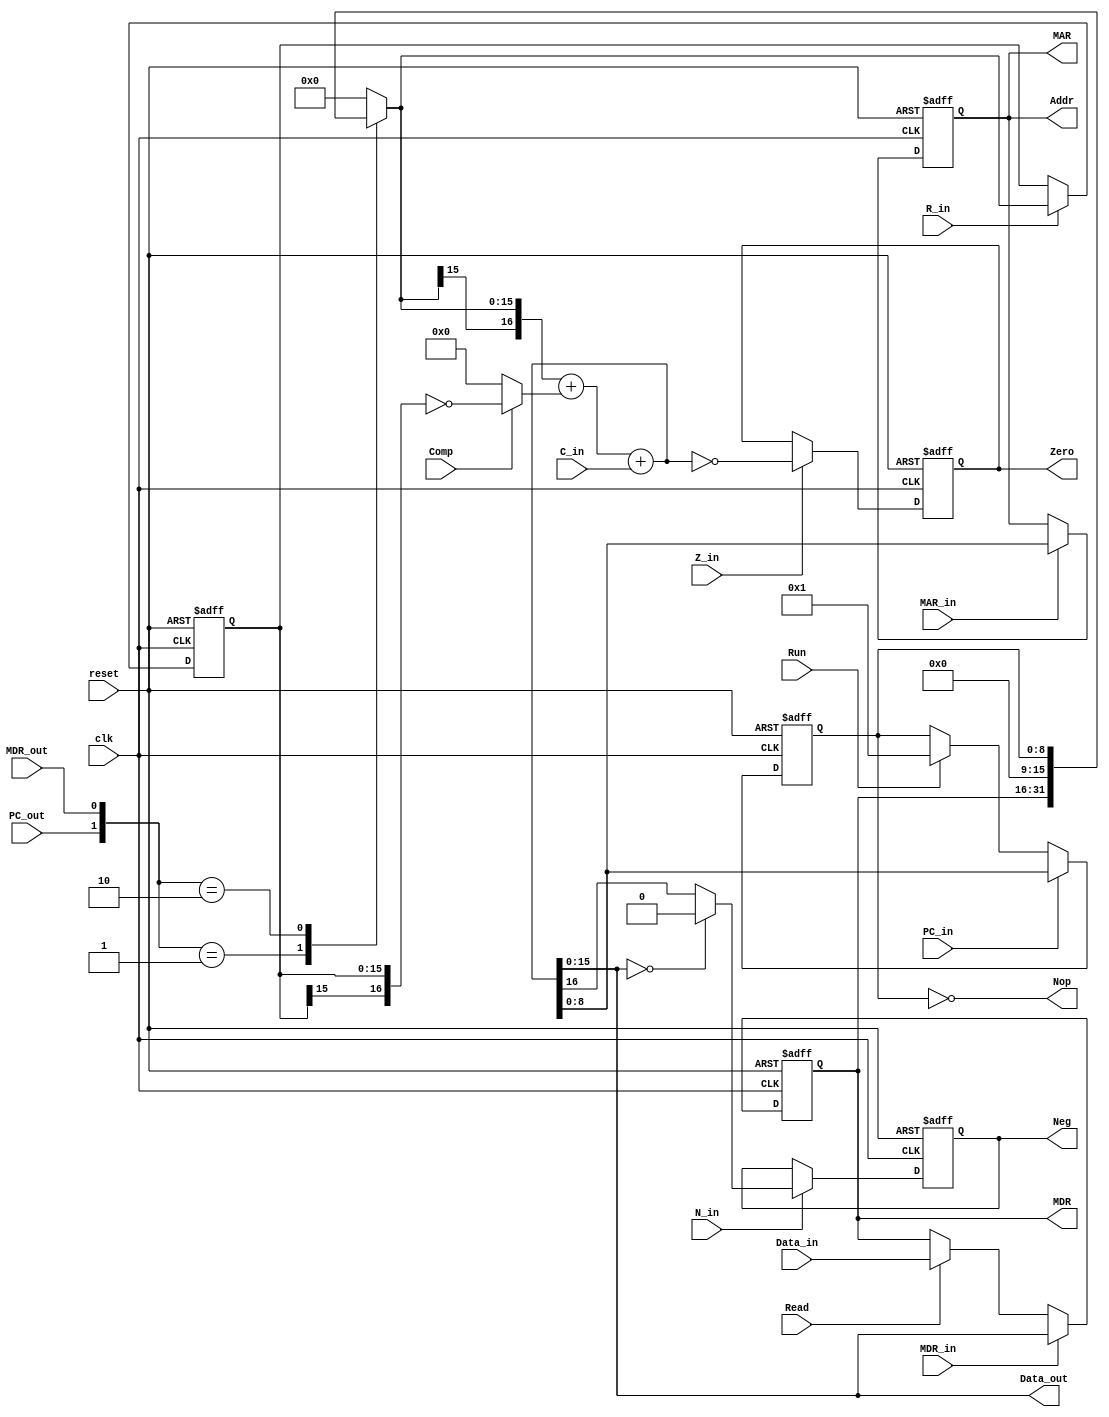
module URISC_Data_Path #(
    parameter WIDTH = 'd16, DEPTH = 'd512
)(
    input clk,
    input reset,
    input Run,
    input PC_out,
    input PC_in,
    input R_in,
    input Comp,
    input Z_in,
    input N_in,
    input C_in,
    input Read,
    input MDR_in,
    input MAR_in,
    input MDR_out,
    input [WIDTH-1:0] Data_in,
    output reg Zero,
    output reg Neg,
    output wire Nop,
    output wire [$clog2(DEPTH)-1:0] Addr,
    output wire [WIDTH-1:0] Data_out,
    output wire [WIDTH-1:0] MDR,
    output wire [$clog2(DEPTH)-1:0] MAR
);
    reg [$clog2(DEPTH)-1:0] PC_reg, MAR_reg;
    reg [WIDTH-1:0] R, MDR_reg, Bus_A, Bus_B;
    reg [WIDTH:0] Acc_out;

    assign Addr = MAR_reg;
    assign MAR = MAR_reg;
    assign Data_out = Bus_B;
    assign MDR = MDR_reg;
    assign Nop = PC_reg == 0;

    always@(posedge clk, negedge reset) begin
        if(!reset) begin
            PC_reg <= 0;
        end else begin
            if(Run) PC_reg <= 'd1;
            if(PC_in) PC_reg <= Bus_B;
        end
    end

    always@(posedge clk, negedge reset) begin
        if(!reset) begin
            R <= 0;
        end else begin
            if(R_in) R <= Bus_A;
        end
    end

    always@(posedge clk, negedge reset) begin
        if(!reset) begin
            MDR_reg <= 0;
        end else begin
            if(MDR_in) MDR_reg <= Bus_B;
            else if(Read) MDR_reg <= Data_in;
        end
    end

    always@(negedge clk, negedge reset) begin
        if(!reset) begin
            MAR_reg <= 0;
        end else begin
            if(MAR_in) MAR_reg <= Bus_B[$clog2(DEPTH)-1:0];
        end
    end

    always@(posedge clk, negedge reset) begin
        if(!reset) begin
            Zero <= 0;
        end else begin
            if(Z_in) Zero <= Acc_out == 0;
        end
    end

    always@(posedge clk, negedge reset) begin
        if(!reset) begin
            Neg <= 0;
        end else begin
            if(N_in) begin
                if(Acc_out[WIDTH-1:0]==0) Neg <= 0;
                else Neg <= Acc_out[WIDTH];
            end
        end
    end

    always@(*) begin
        Acc_out <= {Bus_A[WIDTH-1], Bus_A} + (Comp ? ~{R[WIDTH-1], R} : {(WIDTH+1){1'b0}}) + C_in;
    end

    always@(*) begin
        Bus_B <= Acc_out;
    end

    always@(*) begin
        case({PC_out, MDR_out})
        2'b01: Bus_A <= MDR_reg;
        2'b10: Bus_A <= PC_reg;
        default: Bus_A <= 0;
        endcase
    end

endmodule

module URISC_Control_Path #(
    parameter WIDTH = 'd16, DEPTH = 'd512
)(
    input clk,
    input reset,
    input Run,
    input Stop,
    input Neg,
    input Zero,
    output reg PC_out,
    output reg PC_in,
    output reg R_in,
    output reg Comp,
    output reg Z_in,
    output reg N_in,
    output reg C_in,
    output reg MDR_in,
    output reg MAR_in,
    output reg MDR_out,
    output reg Data_CS,
    output reg Inst_CS,
    output reg Read,
    output reg Write,
    output reg [3:0] Counter
);

    parameter C0 = 4'b0000;
    parameter C1 = 4'b0001;
    parameter C2 = 4'b0010;
    parameter C3 = 4'b0011;
    parameter C4 = 4'b0100;
    parameter C5 = 4'b0101;
    parameter C6 = 4'b0110;
    parameter C7 = 4'b0111;
    parameter C8 = 4'b1000;
    parameter IDLE = 4'b1111;

    reg [15:0] Collection;
    reg Run_flag;
    reg NNend, Zend;

    always@(*) begin
        {PC_out, PC_in, R_in, Comp, Z_in, N_in, C_in, MDR_in,
        MAR_in, MDR_out, Data_CS, Inst_CS, Read, Write, NNend, Zend} <= Collection;
    end

    always@(posedge clk, negedge reset) begin
        if(!reset) Run_flag <= 0;
        else if(Stop & Run_flag) Run_flag <= 0;
        else if(Run & ~Run_flag) Run_flag <= 1;
    end

    always@(posedge clk, negedge reset) begin
        if(!reset) begin
            Counter <= 0;
        end else begin
            if(Run_flag) begin
                if(Counter == C8) Counter <= C0;
                else if(Counter == C7 && (NNend & ~Neg)) Counter <= C0;
                else Counter <= Counter + 1;
            end
        end
    end

    always@(*) begin
        case(Counter)
        C0: Collection <= 16'b1000100010011001;
        C1: Collection <= 16'b0000000011101000;
        C2: Collection <= 16'b0010000001000000;
        C3: Collection <= 16'b1100001010011000;
        C4: Collection <= 16'b0000000011101000;
        C5: Collection <= 16'b0001011101100100;
        C6: Collection <= 16'b1100001010011000;
        C7: Collection <= 16'b1100001000000010;
        C8: Collection <= 16'b0100000001000000;
        default: Collection <= 16'b0;
        endcase
    end

endmodule

module URISC #(
    parameter WIDTH = 'd16, DEPTH = 'd512
)(
    input clk,
    input reset,
    input Run,
    input Stop,
    input [WIDTH-1:0] Data_in,
    input [$clog2(DEPTH)-1:0] Inst_in,
    output wire Data_CS, Inst_CS, Read, Write,
    output wire [$clog2(DEPTH)-1:0] MAR,
    output wire [WIDTH-1:0] Data_out,
    output wire [3:0] State
);

    wire PC_out;
    wire PC_in;
    wire R_in;
    wire Comp;
    wire Z_in;
    wire N_in;
    wire C_in;
    wire MDR_in;
    wire MAR_in;
    wire MDR_out;
    wire Neg, Zero, Nop;
    wire [WIDTH-1:0] MDR;
    wire [$clog2(DEPTH)-1:0] Addr;

    reg [WIDTH-1:0] MDR_data_in;

    always@(*) begin
        if(Inst_CS) MDR_data_in <= Inst_in;
        else if(Data_CS) MDR_data_in <= Data_in;
        else MDR_data_in <= 0;
    end

    URISC_Data_Path #(
        .WIDTH(WIDTH), .DEPTH(DEPTH)
    ) D0 (
        .clk(clk),
        .reset(reset),
        .Run(Run),
        .PC_out(PC_out),
        .PC_in(PC_in),
        .R_in(R_in),
        .Comp(Comp),
        .Z_in(Z_in),
        .N_in(N_in),
        .C_in(C_in),
        .Read(Read),
        .MDR_in(MDR_in),
        .MAR_in(MAR_in),
        .MDR_out(MDR_out),
        .Data_in(MDR_data_in),
        .Neg(Neg),
        .Zero(Zero),
        .Nop(Nop),
        .Addr(Addr),
        .Data_out(Data_out),
        .MDR(MDR),
        .MAR(MAR)
    );

    URISC_Control_Path#(
        .WIDTH(WIDTH), .DEPTH(DEPTH)
    ) C0 (
        .clk(clk),
        .reset(reset),
        .Run(Run),
        .Stop(Stop | Nop),
        .Neg(Neg),
        .Zero(Zero),
        .PC_out(PC_out),
        .PC_in(PC_in),
        .R_in(R_in),
        .Comp(Comp),
        .Z_in(Z_in),
        .N_in(N_in),
        .C_in(C_in),
        .MDR_in(MDR_in),
        .MAR_in(MAR_in),
        .MDR_out(MDR_out),
        .Data_CS(Data_CS),
        .Inst_CS(Inst_CS),
        .Read(Read),
        .Write(Write),
        .Counter(State)
    );

endmodule